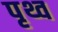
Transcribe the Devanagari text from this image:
पृथ्व